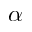
\alpha